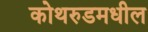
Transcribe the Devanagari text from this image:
कोथरुडमधील